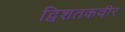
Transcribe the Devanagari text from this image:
द्विशतकवीर